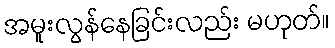
အမူးလွန်နေခြင်းလည်း မဟုတ်။